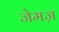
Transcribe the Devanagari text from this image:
जेमज़